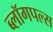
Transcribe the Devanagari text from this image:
ब्लॉगपल्स